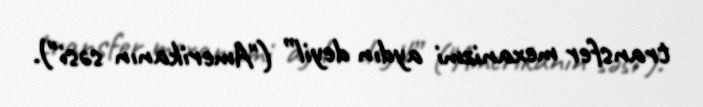
transfer mexanizmi aydın deyil” ("Amerikanın səsi").